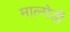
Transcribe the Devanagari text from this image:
माल्मेडी